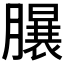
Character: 𣎦